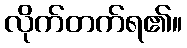
လိုက်တက်ရ၏။